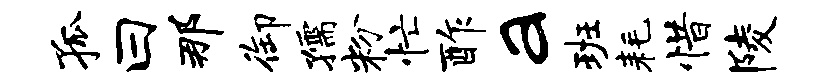
孤曰那御孺粉忙酢a班耗惜陵